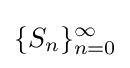
\{S_{n}\}_{n=0}^{\infty }